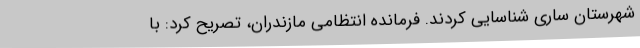
شهرستان ساری شناسایی کردند. فرمانده انتظامی مازندران، تصریح کرد: با